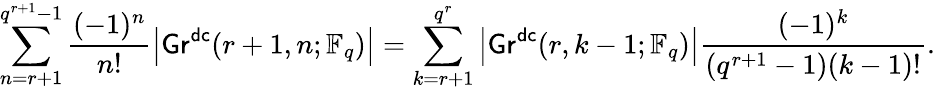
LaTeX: \sum_{n=r+1}^{q^{r+1}-1}\frac{(-1)^{n}}{n!}\left|\mathsf{Gr}^{\mathsf{dc}}(r+1,n;\mathbb{F}_{q})\right|=\sum_{k=r+1}^{q^{r}}\left|\mathsf{Gr}^{\mathsf{dc}}(r,k-1;\mathbb{F}_{q})\right|\frac{(-1)^{k}}{(q^{r+1}-1)(k-1)!}.